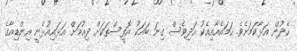
ހެދުން އަޅާކަމަށެވެ. ހަމައެއާއިއެކު އަދިވެސް ގިނަ ބައަކު އޮފީސްތަކަށް ދިއުމަށް އަޅައިއުޅެނީ އިންޑިއާގެ